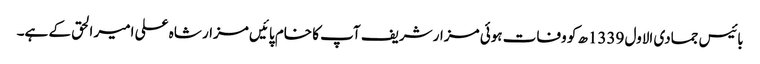
بائیس جمادی الاول 1339ھ کو وفات ہوئی مزار شریف آپ کا خام پائیں مزار شاہ علی امیر الحق کے ہے۔